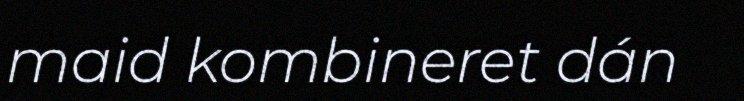
maid kombineret dán